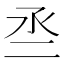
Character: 𠄪